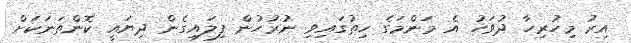
އިރު މިހުރިހާ ދުވަހު އެ މަންމަގެ ހިތުގައިވި ނުރުހުން ފިލައިގެން ދިޔައީ ކޮންތަނަކަށް